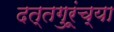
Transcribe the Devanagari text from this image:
दत्तगुरूंच्या